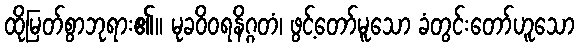
ထိုမြတ်စွာဘုရား၏။ မုခဝိဝရနိဂ္ဂတံ၊ ဖွင့်တော်မူသော ခံတွင်းတော်ဟူသော